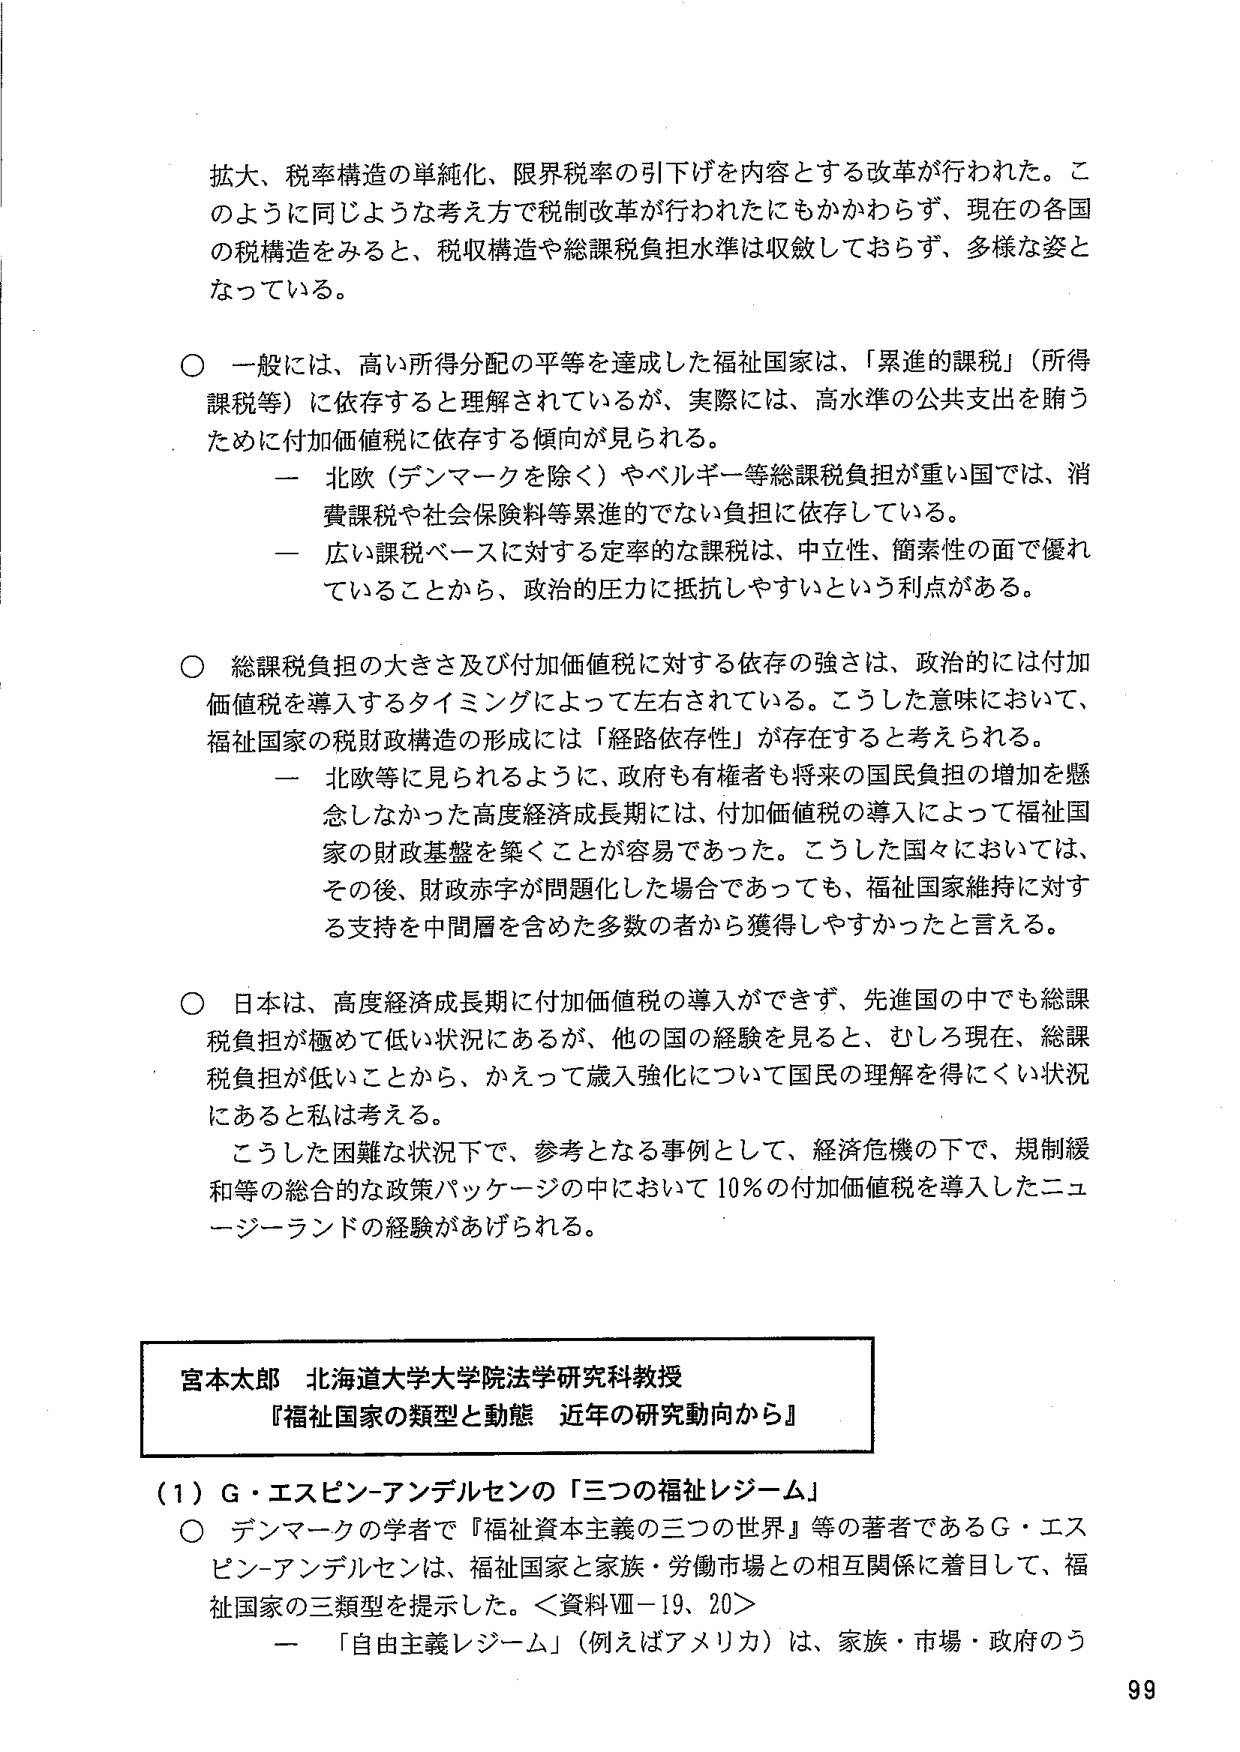
拡大、税率構造の単純化、限界税率の引下げを内容とする改革が行われた。このように同じような考え方で税制改革が行われたにもかかわらず、現在の各国の税構造をみると、税収構造や総課税負担水準は収斂しておらず、多様な姿となっている。

○ 一般には、高い所得分配の平等を達成した福祉国家は、「累進的課税」（所得課税等）に依存すると理解されているが、実際には、高水準の公共支出を賄うために付加価値税に依存する傾向が見られる。
　　－ 北欧（デンマークを除く）やベルギー等総課税負担が重い国では、消費課税や社会保険料等累進的でない負担に依存している。
　　－ 広い課税ベースに対する定率的な課税は、中立性、簡素性の面で優れていることから、政治的圧力に抵抗しやすいという利点がある。

○ 総課税負担の大きさ及び付加価値税に対する依存の強さは、政治的には付加価値税を導入するタイミングによって左右されている。こうした意味において、福祉国家の税財政構造の形成には「経路依存性」が存在すると考えられる。
　　－ 北欧等に見られるように、政府も有権者も将来の国民負担の増加を懸念しなかった高度経済成長期には、付加価値税の導入によって福祉国家の財政基盤を築くことが容易であった。こうした国々においては、その後、財政赤字が問題化した場合であっても、福祉国家維持に対する支持を中間層を含めた多数の者から獲得しやすかったと言える。

○ 日本は、高度経済成長期に付加価値税の導入ができず、先進国の中でも総課税負担が極めて低い状況にあるが、他の国の経験を見ると、むしろ現在、総課税負担が低いことから、かえって歳入強化について国民の理解を得にくい状況にあると私は考える。
　　こうした困難な状況下で、参考となる事例として、経済危機の下で、規制緩和等の総合的な政策パッケージの中において10％の付加価値税を導入したニュージーランドの経験があげられる。

宮本太郎 北海道大学大学院法学研究科教授
『福祉国家の類型と動態 近年の研究動向から』

（1）G・エスピン-アンデルセンの「三つの福祉レジーム」
○ デンマークの学者で『福祉資本主義の三つの世界』等の著者であるG・エスピン-アンデルセンは、福祉国家と家族・労働市場との相互関係に着目して、福祉国家の三類型を提示した。＜資料Ⅷ－19、20＞
　　－ 「自由主義レジーム」（例えばアメリカ）は、家族・市場・政府のう

99